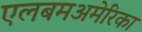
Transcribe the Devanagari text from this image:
एलबमअमेरिका